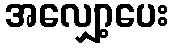
အလျှော့ပေး